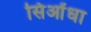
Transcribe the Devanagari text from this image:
सिओंधा